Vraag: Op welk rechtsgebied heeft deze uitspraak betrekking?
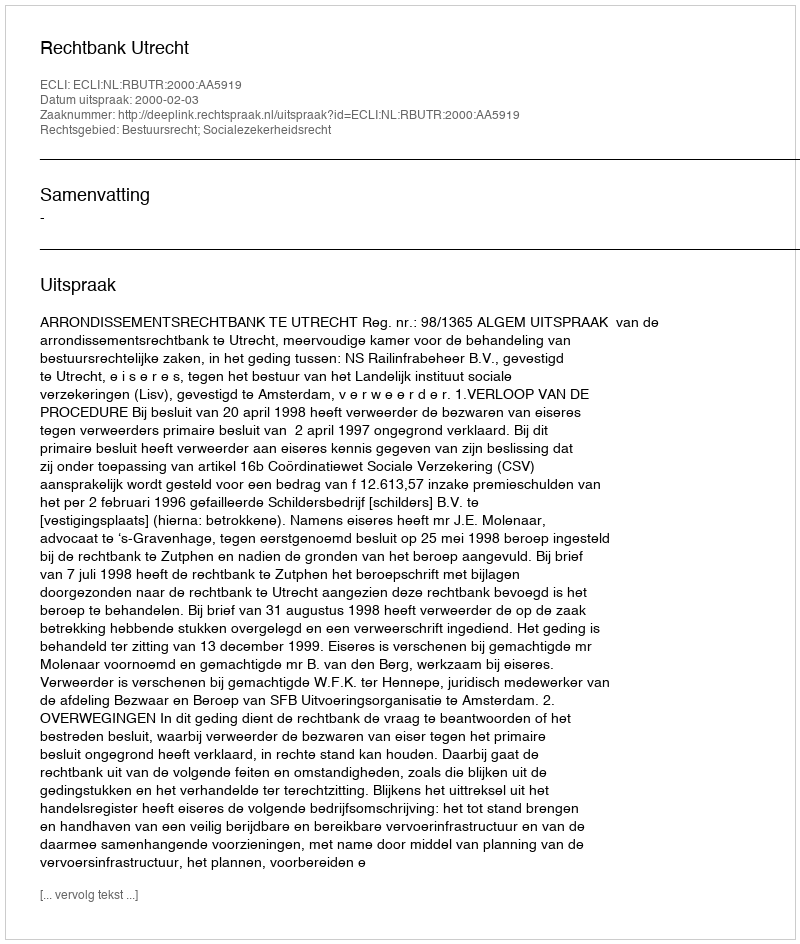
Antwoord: Bestuursrecht; Socialezekerheidsrecht